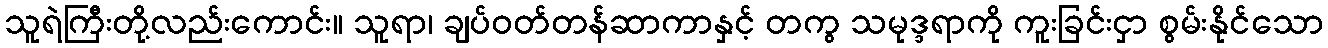
သူရဲကြီးတို့လည်းကောင်း။ သူရာ၊ ချပ်ဝတ်တန်ဆာကာနှင့် တကွ သမုဒ္ဒရာကို ကူးခြင်းငှာ စွမ်းနိုင်သော